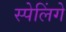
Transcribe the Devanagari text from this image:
स्पेलिंगे